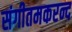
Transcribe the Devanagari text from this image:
संगीतमकरन्द